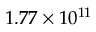
1 . 7 7 \times 1 0 ^ { 1 1 }